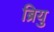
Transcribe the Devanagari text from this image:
ब्रियु